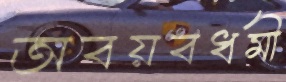
অবয়বধর্মী